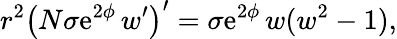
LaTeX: r^{2}\left(N\sigma\mathrm{e}^{2\phi}\, w^{\prime}\right)^{\prime}=\sigma\mathrm{e}^{2\phi}\, w(w^{2}-1),